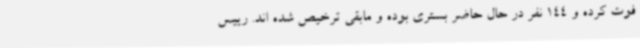
فوت کرده و 144 نفر در حال حاضر بستری بوده و مابقی ترخیص شده اند. رییس